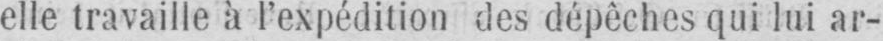
elle travaille à l’expédition des dépêches qui lui ar-